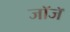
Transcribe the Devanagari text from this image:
जॉजॅ